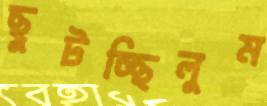
ছুটচ্ছিলুম